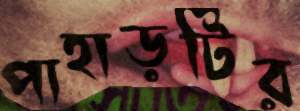
পাহাড়টির